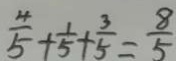
\frac { 4 } { 5 } + \frac { 1 } { 5 } + \frac { 3 } { 5 } = \frac { 8 } { 5 }